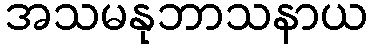
အသမနုဘာသနာယ